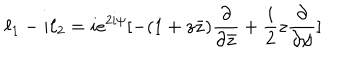
\ell _ { 1 } - i \ell _ { 2 } = i e ^ { 2 i \psi } [ - ( 1 + z \bar { z } ) \frac { \partial } { \partial \bar { z } } + \frac { i } { 2 } z \frac { \partial } { \partial \psi } ]